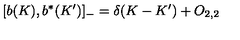
\lbrack b ( K ) , b ^ { \ast } ( K ^ { \prime } ) ] _ { - } = \delta ( K - K ^ { \prime } ) + O _ { 2 , 2 }